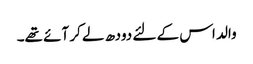
والد اس کے لئے دودھ لے کر آئے تھے۔